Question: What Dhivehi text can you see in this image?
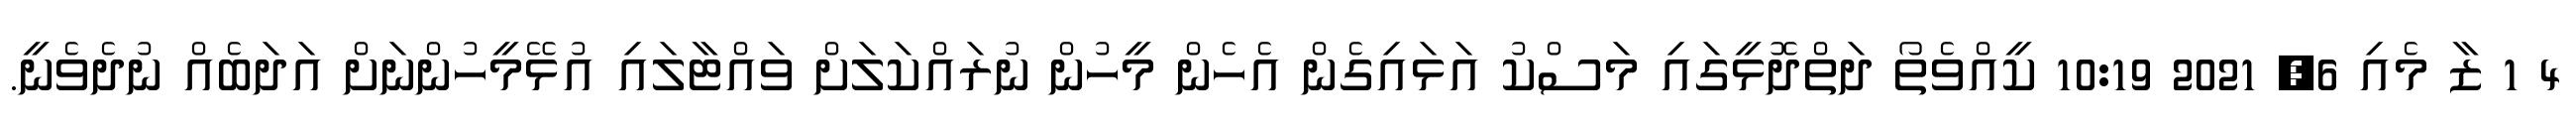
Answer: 4 1 ޒާ މެއި 6, 2021 10:19 ކީއްވެތޯ ދަތްދޮޅީގައި މަސްކު އަޅައިގެން އެހެން މީހުން ނުރައްކަލަށް ވައްޓާލައި އުޅޭމީހުންނަށް އަދަބެއް ނުދެވެނީ.